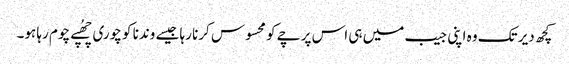
کچھ دیر تک وہ اپنی جیب میں ہی اس پرچے کو محسوس کرنا رہا جیسے وندنا کو چوری چھُپے چوم رہا ہو۔